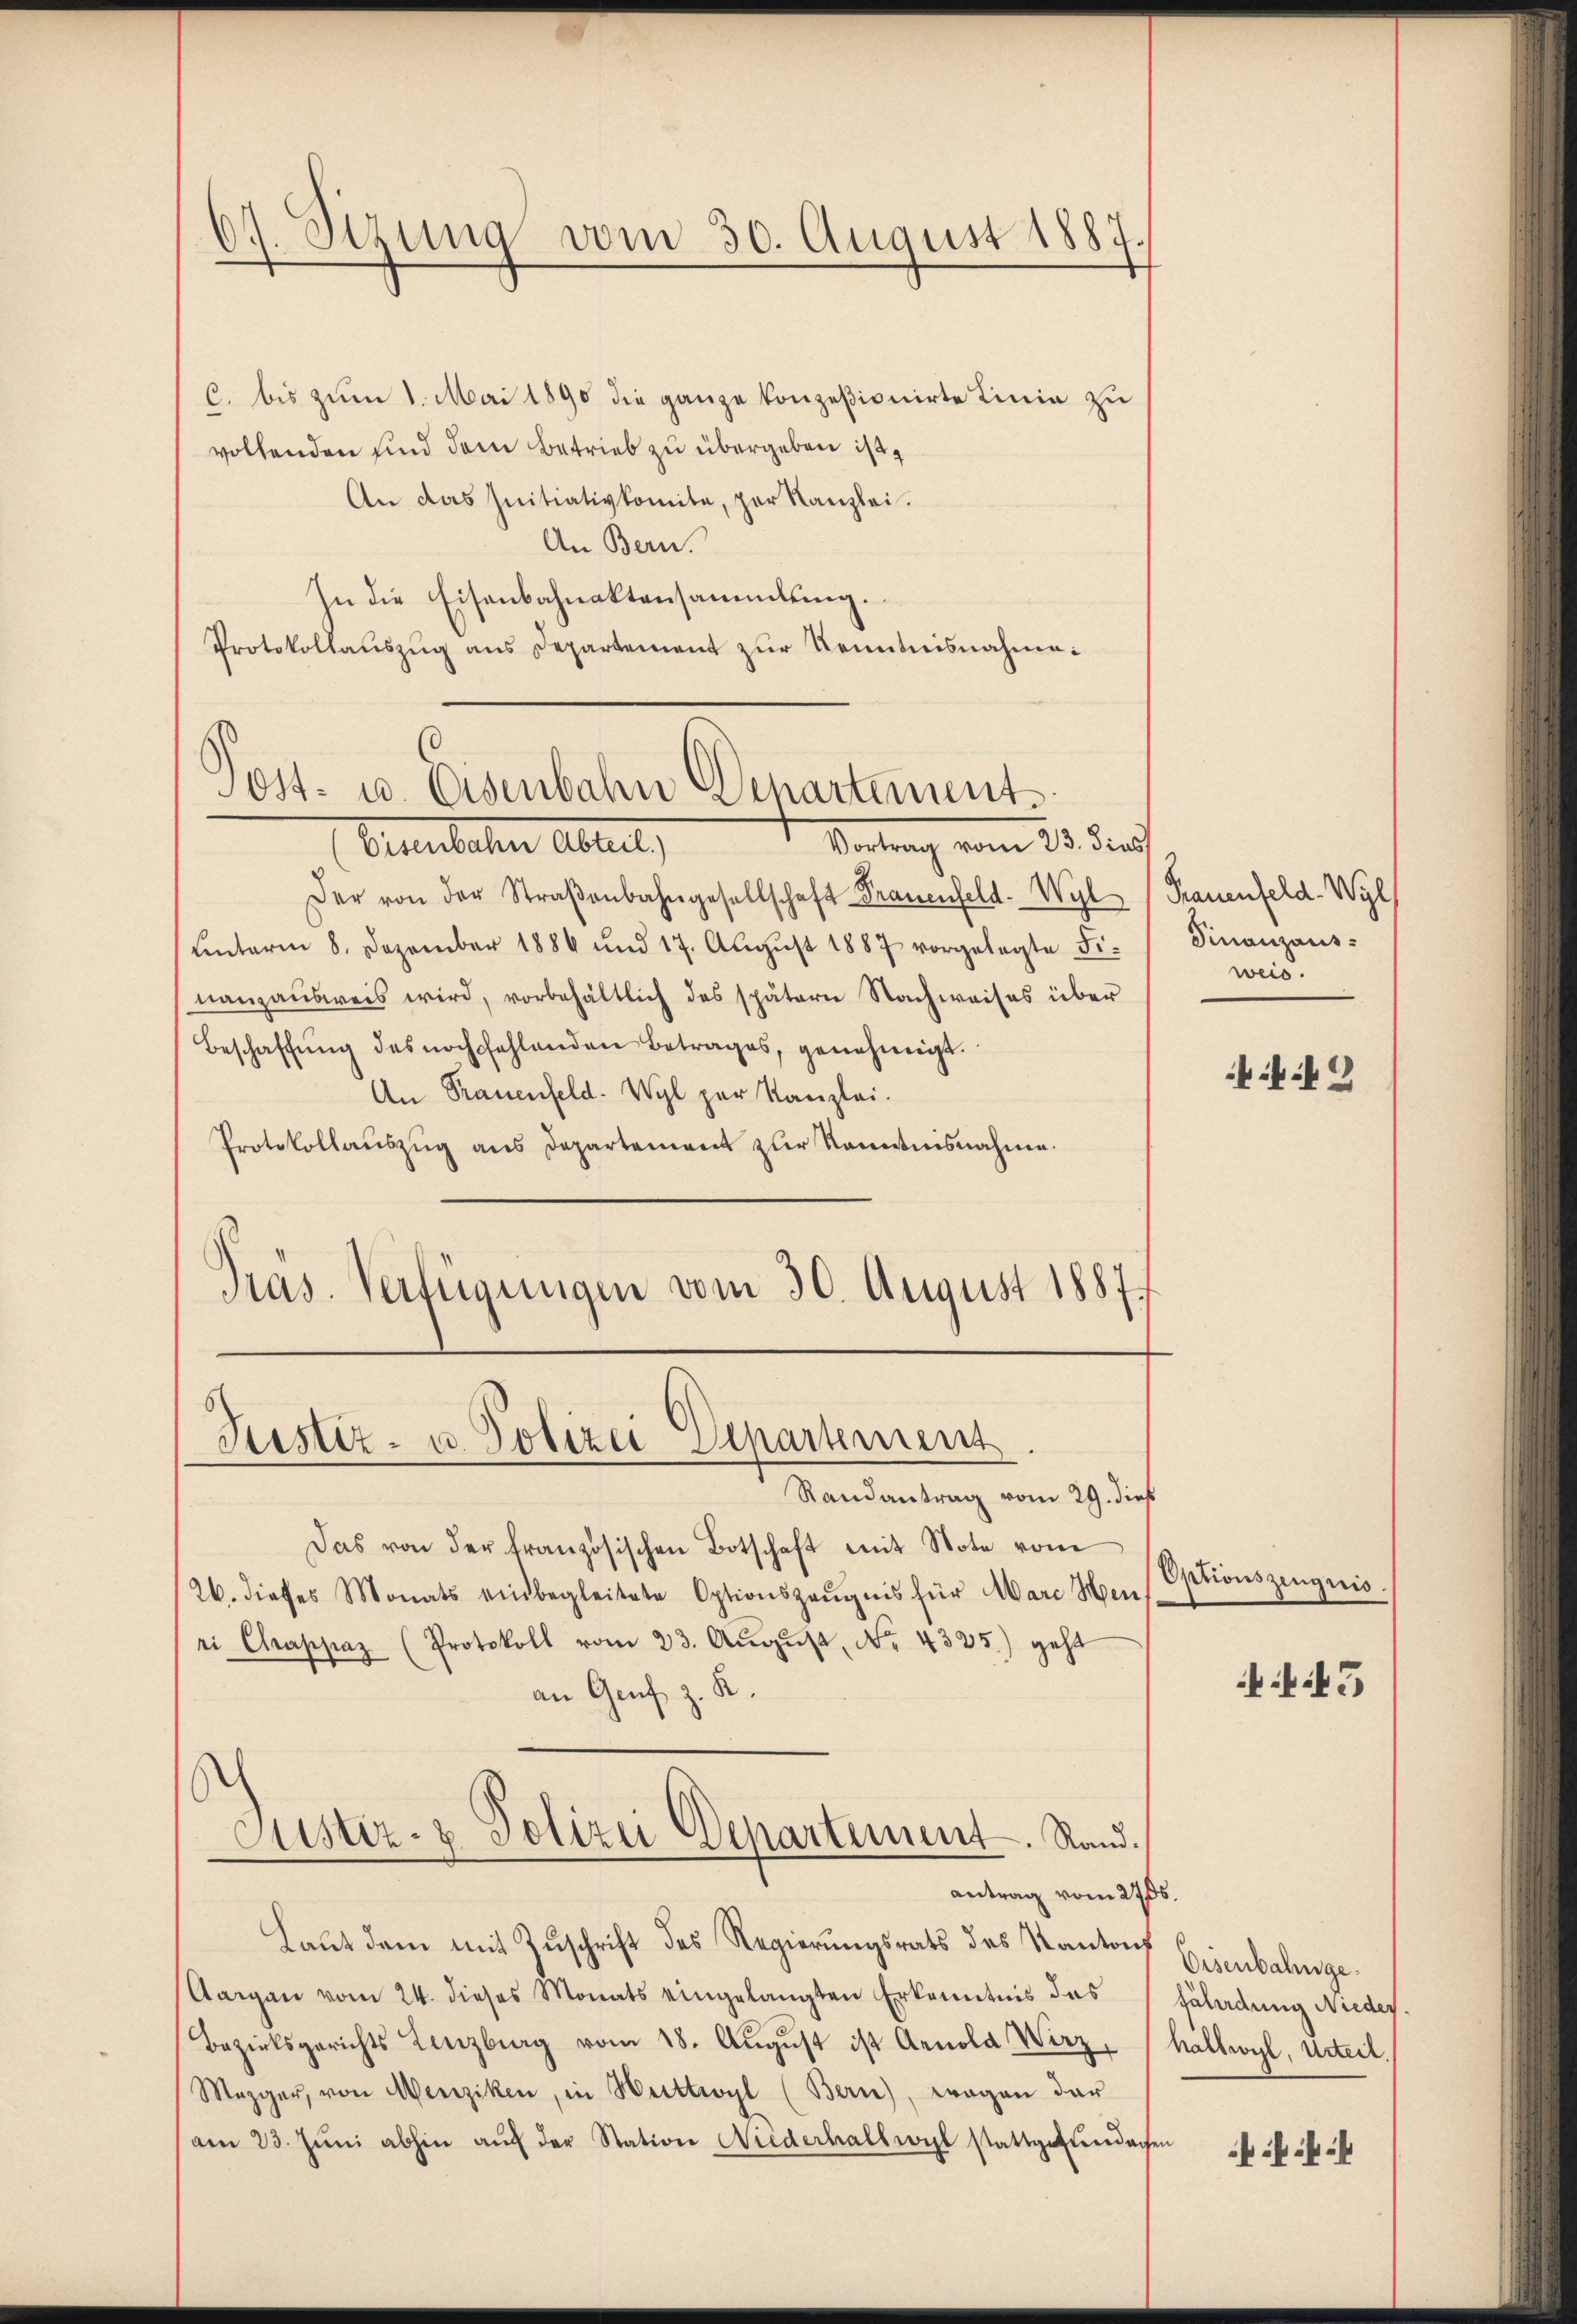
C. bis zum 1. Mai 1890 die ganze konzesionirte Linie zu
vollenden und dem Betrieb zu übergeben ist,
An das Initiativkomite, par Kanzlei.
An Bern.
In die Eisenbahnaktensammlung.
Protokollauszug aus Departement zur Kenntnisnahme:

67. Sizung vom 30. August 1887.

Virtung vom 23. ders
Eulachen Abteil,
Der von der Straβenbahngesellschaft Frauenfeld- Wyl (Frauenfeld-Wyl
ŭnterm 8. Dezember 1886 und 17. Aŭgŭst 1887 vorgelegte Fi-
nanzausweis wird, vorbehältlich des spätern Nachweises über
Beschaffŭng des noch fehlenden Betrages, genehmigt.
An Frauenfeld. Wyl par Kanzlei.
Protokollaŭszŭg ans Departement zŭr Kenntnisnahme.
Präs. Verfügungen vom 30. August 1887

Sost- u. Osenbahn Departement

Justiz- u. Polizei Departement

Randantrag vom 29. dieß
Das von der französischen Botschaft mit Note vom
26. dieses Monats einbegleitete Optionszeŭgnis für Marc Hen-
ri Chappaz (Protokoll vom 23. Aŭgŭst No. 4335) geht
an Genf z. R.
Laut dem mit Zuschrift des Regierungsrats des Kantons Eisenbahnge¬
Aargau vom 24. dieses Monats eingelangten Erkenntnis das
Bezirksgerichts Lenzburg vom 18. Aŭgŭst ist Arnola Wirz, (hallwyl, Urteil
Mezger, von Menziken, in Herttwyl (Bern), Fragen dar
am 23. Jŭni abhin aŭf der Station Niederhalbwil stattgedachen

Justiz- & Polizei Departement. Rand.
antrag vom 2705.

Finanzaus:
weis.

2

Optionszeugnis.

.45

fäladung Nieder.